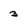
Character: 3